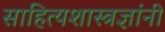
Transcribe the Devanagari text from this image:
साहित्यशास्त्रज्ञांनी